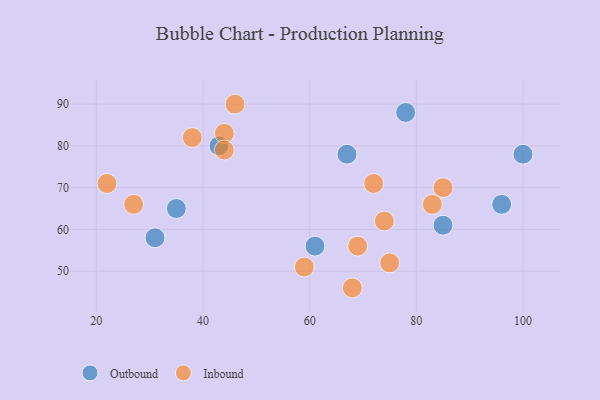
{"axis": {"x": "GDP", "y": "Life Expectancy"}, "legend": ["Inbound", "Outbound"], "data": [{"x": "67", "y": 78, "type": "Outbound"}, {"x": "35", "y": 65, "type": "Outbound"}, {"x": "31", "y": 58, "type": "Outbound"}, {"x": "43", "y": 80, "type": "Outbound"}, {"x": "96", "y": 66, "type": "Outbound"}, {"x": "85", "y": 61, "type": "Outbound"}, {"x": "78", "y": 88, "type": "Outbound"}, {"x": "61", "y": 56, "type": "Outbound"}, {"x": "100", "y": 78, "type": "Outbound"}, {"x": "83", "y": 66, "type": "Inbound"}, {"x": "27", "y": 66, "type": "Inbound"}, {"x": "44", "y": 83, "type": "Inbound"}, {"x": "46", "y": 90, "type": "Inbound"}, {"x": "59", "y": 51, "type": "Inbound"}, {"x": "44", "y": 79, "type": "Inbound"}, {"x": "85", "y": 70, "type": "Inbound"}, {"x": "69", "y": 56, "type": "Inbound"}, {"x": "22", "y": 71, "type": "Inbound"}, {"x": "74", "y": 62, "type": "Inbound"}, {"x": "75", "y": 52, "type": "Inbound"}, {"x": "72", "y": 71, "type": "Inbound"}, {"x": "38", "y": 82, "type": "Inbound"}, {"x": "68", "y": 46, "type": "Inbound"}]}